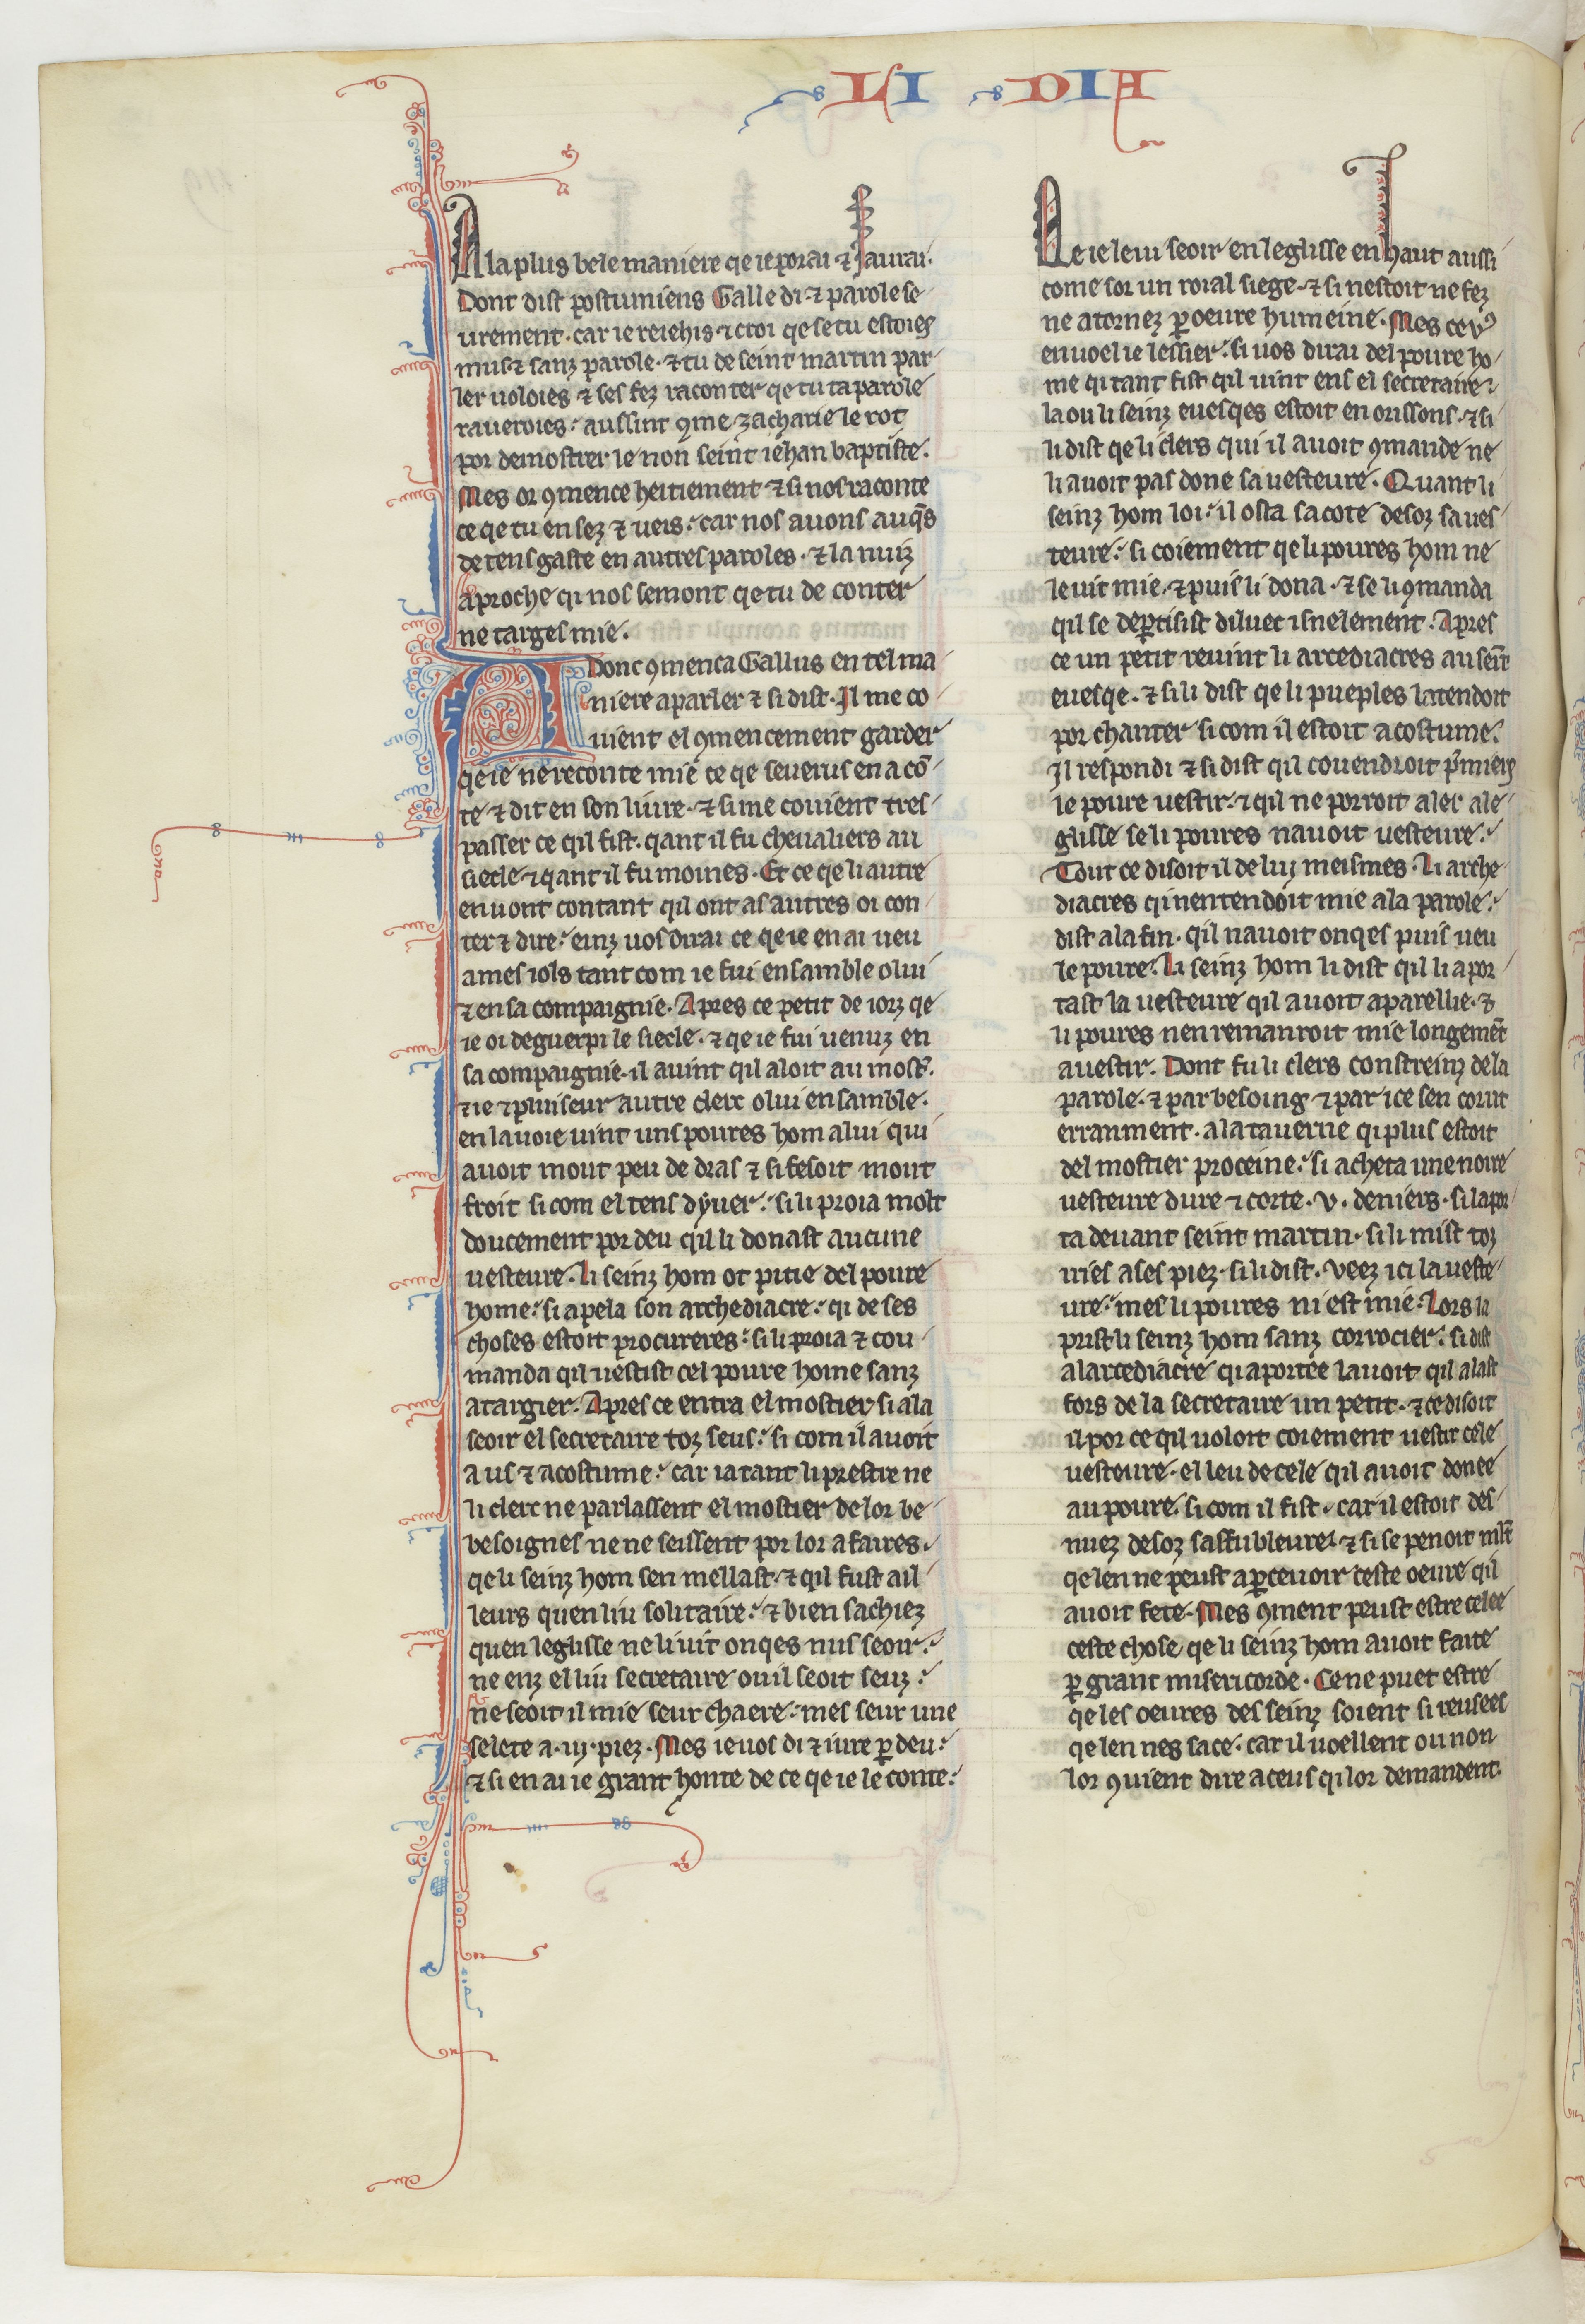
Shelfmark: Paris, BnF, fr. 412
Century: 13